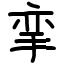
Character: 挛